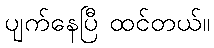
ပျက်နေပြီ ထင်တယ်။